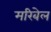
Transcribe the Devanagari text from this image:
मरिबेल